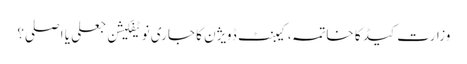
وزارت کیڈ کا خاتمہ، کیبنٹ ڈویژن کا جاری نوٹیفکیشن جعلی یا اصلی؟